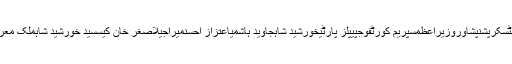
سماعتپاکستانمیاں نواز شریفچیف جسٹسکرپشنپشاوروزیراعظمسپریم کورٹفوجپیپلز پارٹیخورشید شاہجاوید ہاشمیاعتزاز احسنمیراجیلاصغر خان کیسسیّد خورشید شاہملک معراج خالداصغر خانمرزا اسلم بیگعدالت